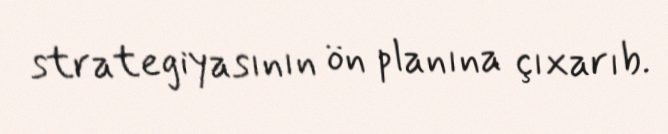
strategiyasının ön planına çıxarıb.